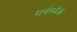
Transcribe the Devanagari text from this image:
गर्नस्बेक